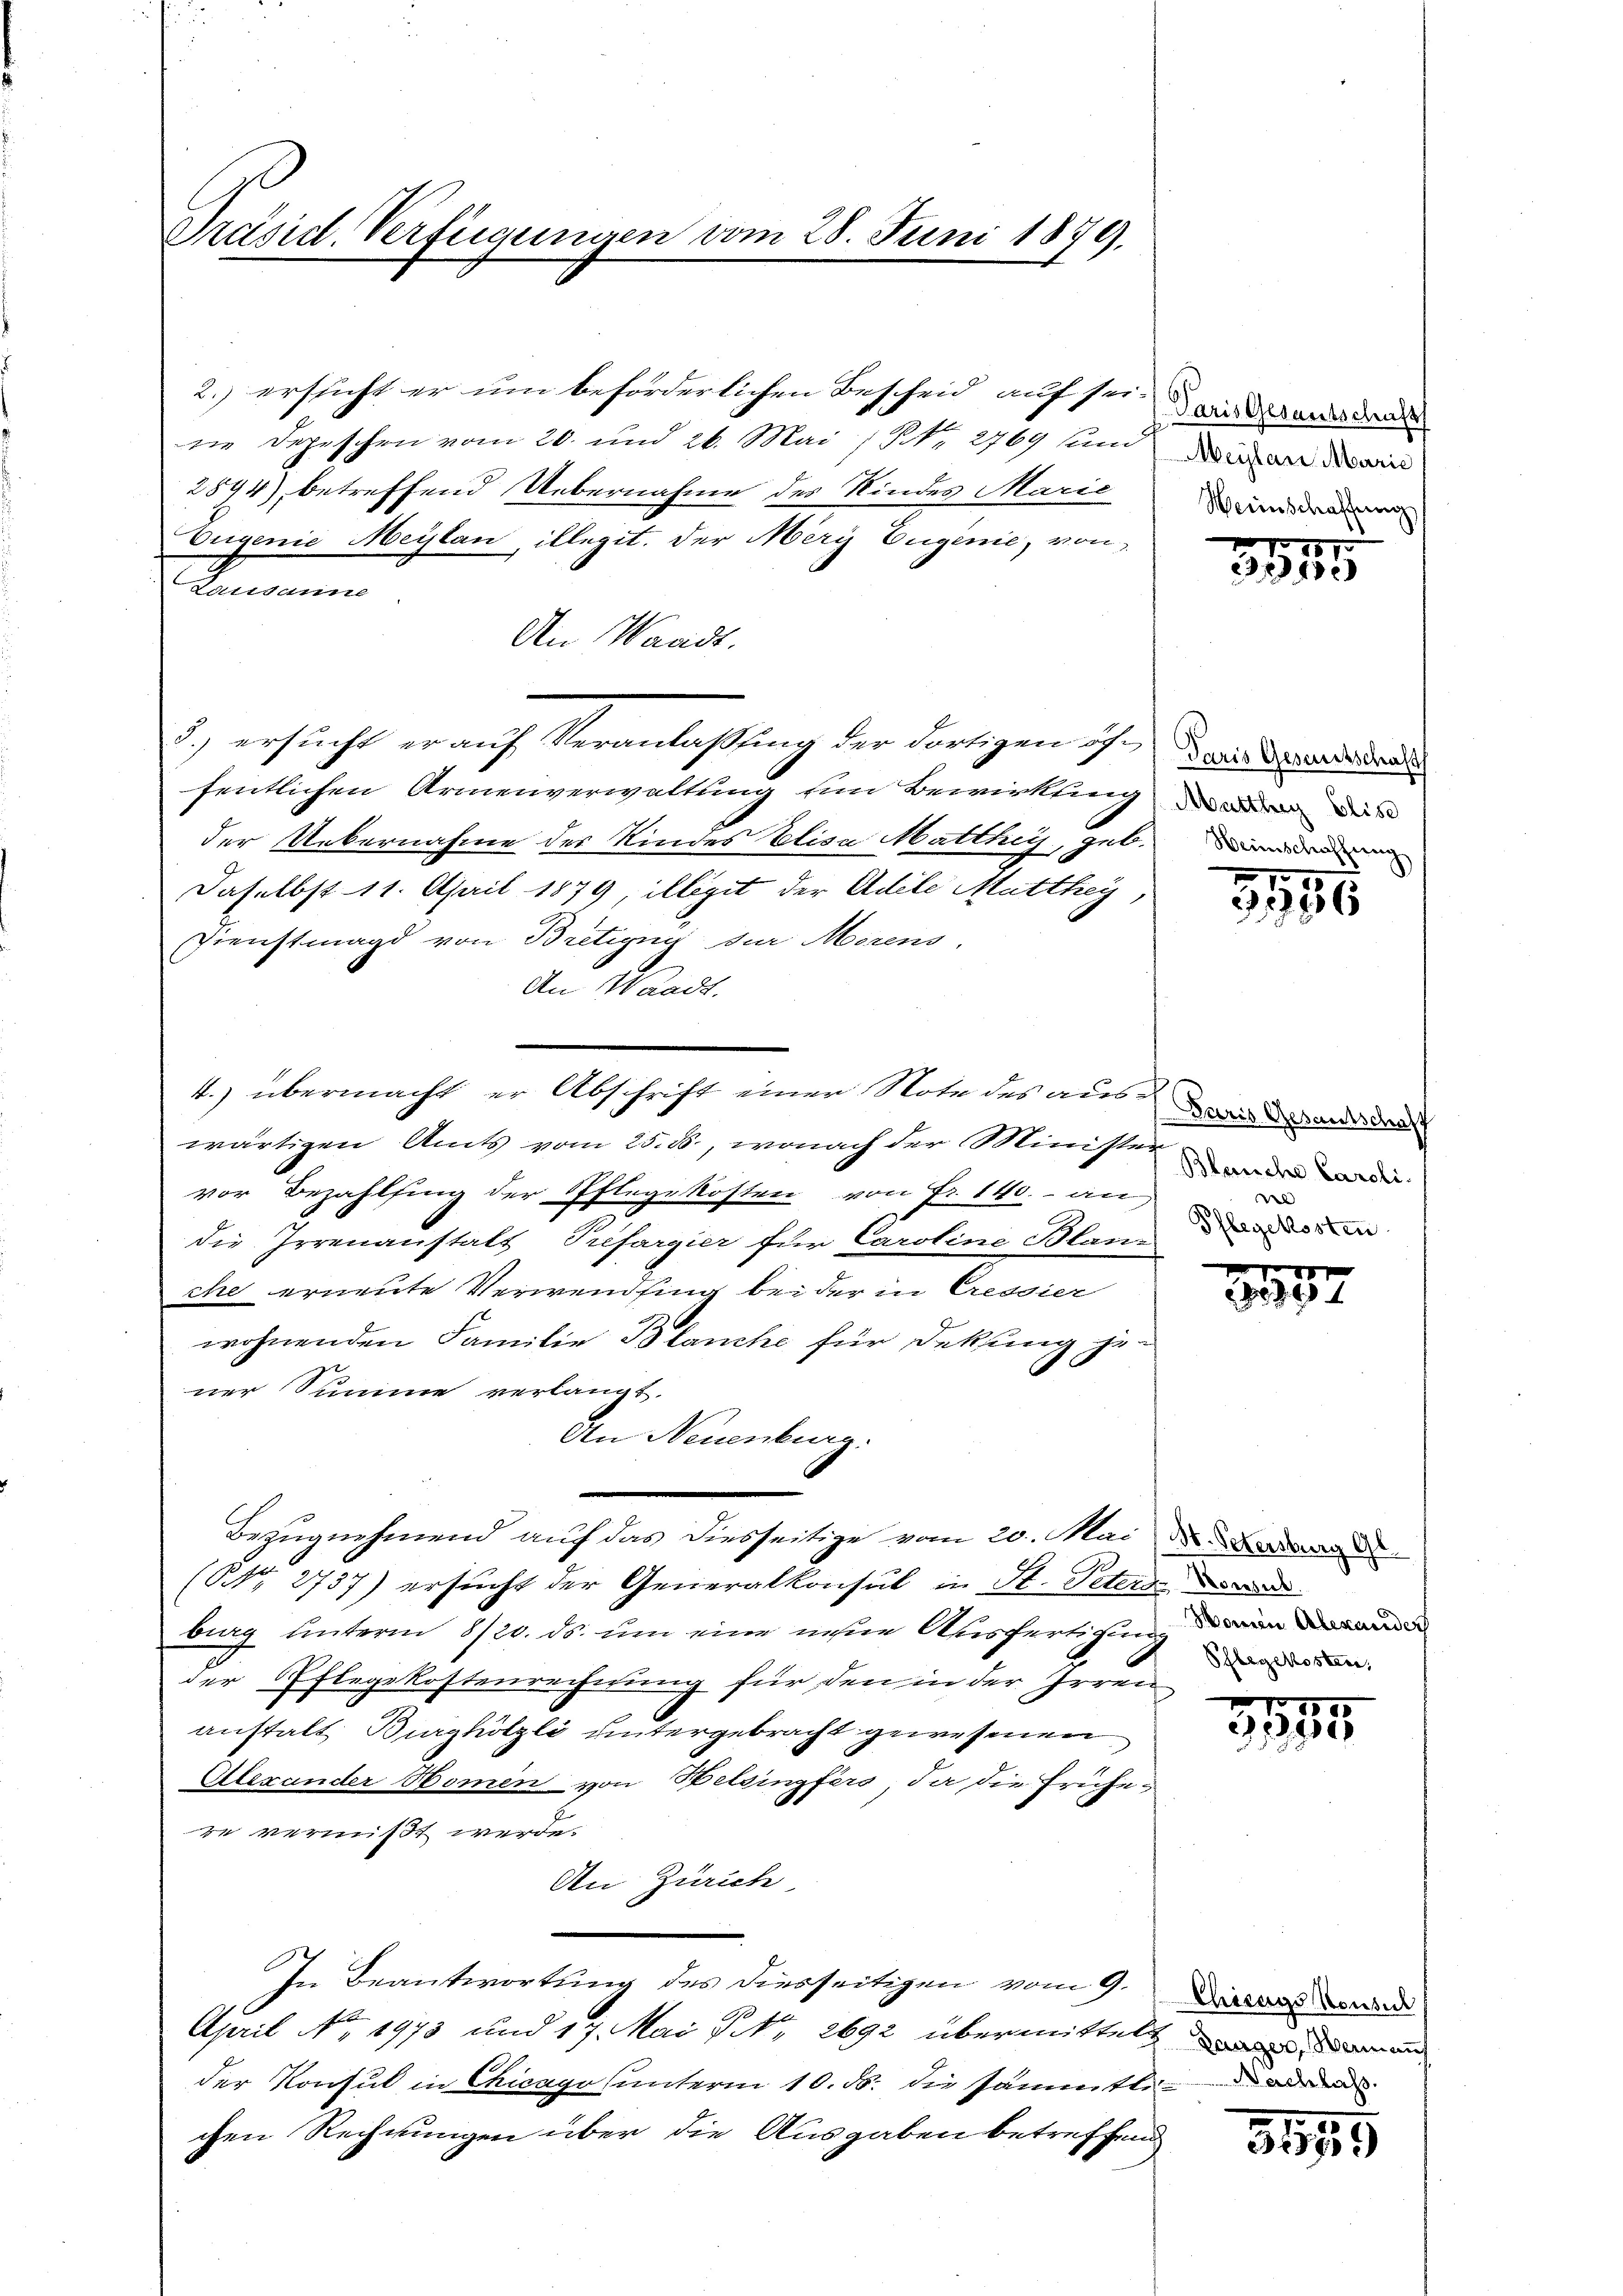
Präsid. Verfügungen vom 28. Juni 1879.

2.) ersticht er um beförderlichen Bescheid auf sei wird an den
ne Depeschen vom 20. und 26. Mai / NNo. 2769 und
2894) betreffend Uebernahme des Kindes Marie
Eugenie Meylan, illegit. Der Mery Eugenie, von
Renommenen
An Waadt.
e
3.) ersucht er auf Veranlaßung der dortigen ist daris anderenade
fentlichen Armenverwaltung ein Bewirkung oder das
der Uebernahme des Kindes Elisa Matthig, gebenden
Daselbst 11. April 1879, illégit der Adele Mitthei
Dienstmagd von Bretigny der Morens,
An Waadt.
wärtigen Amts vom 25. ds., wonach der Minister
vor Bezahlfing der Pflegekosten von Fr. 140.- an
die Irrenanstalt Préfargier für Caroline Blan-
che erneute Verwendung bei der in Cressier
wohnenden Familie Blanche für Dekung je-
ner Summe verlangt.
An Neuenburg.
Bezugnehmend auf das diesseitige vom 20. Mai d. Jedes
(Nr. 2737) ersucht der Generalkonsul in St. Peters de
burg unterm 8/20. ds. um eine neue Ausfertigung an darau
der Pflegekostenrechnung für den in der Irren
anstalt Burghölzli untergebracht gewesenen
Alexander Nomen von Helsingfers, da die Frühere vermißt werde.
An Zürich
In Beantwortung des diesseitigen vom 9.
April No 1973 und 17. Mai NNo. 2692 übermittelt in demann
der Konsul in Chicago (unterm 10. ds. die sämmtli
chen Rechnungen über die Ausgaben betreffend

4.) übermacht er Abschrift einer Note des aus¬

Meÿlan Marie
Weinschaffung

No. 187
3711)

3956

Paris Gesamtschaff
Blanche Caroli
l
Pflegekosten

f 0 x
24

Pflegekosten,

100
2100

Chizugs Konsul

3195